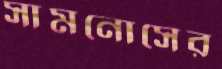
সামনোসের